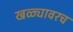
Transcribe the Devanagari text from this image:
खळ्यावरच